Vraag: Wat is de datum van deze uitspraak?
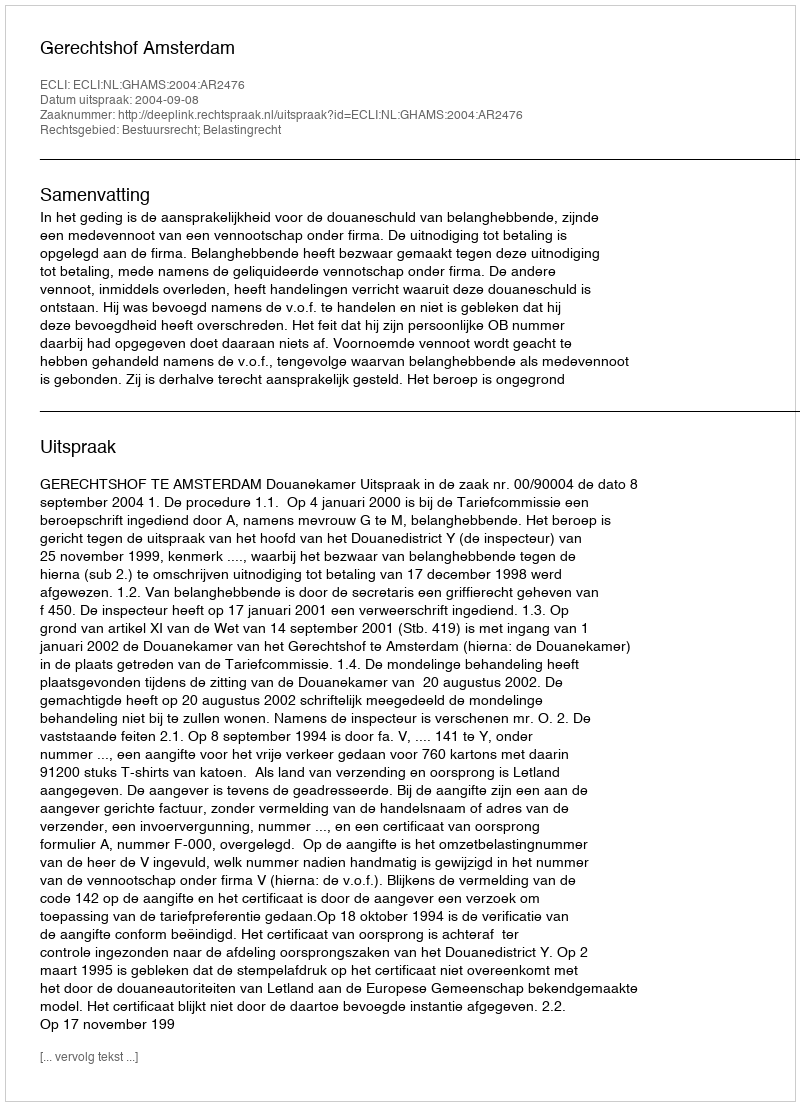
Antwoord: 2004-09-08